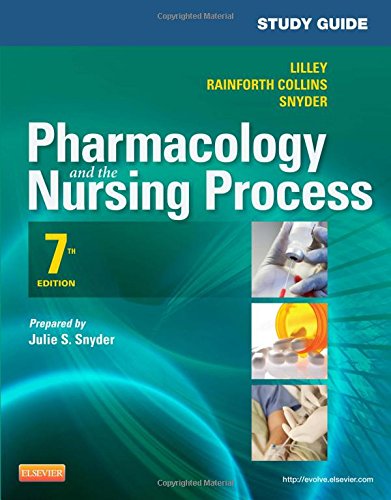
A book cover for Study Guide for Pharmacology and the Nursing Process, 7e; Linda Lane Lilley PhD  RN; Medical Books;